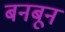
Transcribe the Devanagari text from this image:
बनबून